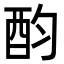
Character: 𨟴